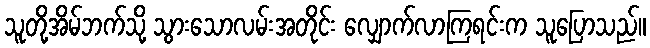
သူတို့အိမ်ဘက်သို့ သွားသောလမ်းအတိုင်း လျှောက်လာကြရင်းက သူပြောသည်။